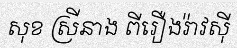
សុខ ស្រីនាង ពីរឿងរ៉ាវស៊ី